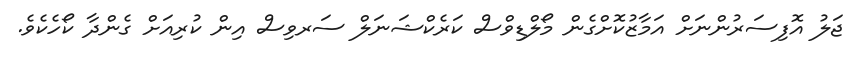
ޖަލު އޮފިސަރުންނަށް އަމާޒުކޮށްގެން މޯލްޑިވްސް ކަރެކްޝަނަލް ސަރވިސް އިން ކުރިއަށް ގެންދާ ކޯހެކެވެ.